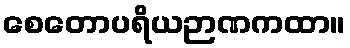
စေတောပရိယဉာဏကထာ။